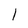
Character: l